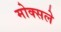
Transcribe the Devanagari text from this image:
मोक्सले